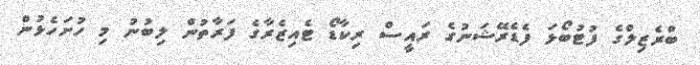
ބްރެޒިލްގެ ފުޓުބޯޅަ ފެޑެރޭޝަނުގެ ރައީސް ރިކާޑޯ ޓެއިޒެރާގެ ފަރާތުން ލިބުނު މި ހުށަހެޅުން